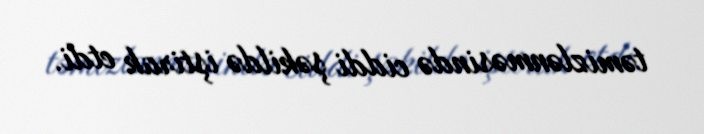
təmizlənməsində ciddi şəkildə iştirak etdi.